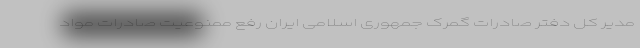
مدیر کل دفتر صادرات گمرک جمهوری اسلامی ایران رفع ممنوعیت صادرات مواد